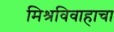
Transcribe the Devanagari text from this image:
मिश्रविवाहाचा